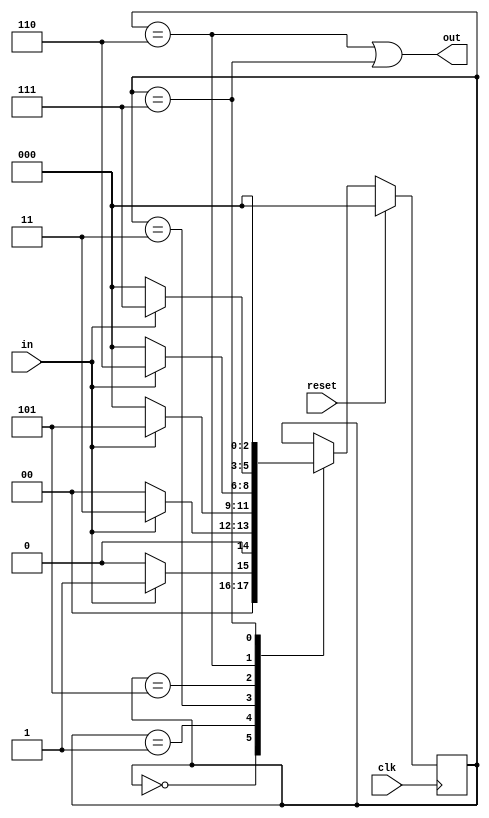
module moore_seq_nonover(
  input wire clk,
  input wire reset,
  input wire in,
  output wire out
);
  
  reg[2:0] state;

  always @(posedge clk ) begin
    if(reset)
      state <=3'b000;
    else
      case(state)
        3'b000: if(in) state <= 3'b001; else state <=3'b000;
        3'b001: if(in) state <= 3'b011; else state <=3'b000;
        3'b011: if(in) state <= 3'b101; else state <=3'b000;
        3'b101: if(in) state <= 3'b110; else state <=3'b000;
        3'b110: if(in) state <= 3'b111; else state <=3'b000;
        3'b111: state <=3'b000;
      endcase
    end

    assign out = (state == 3'b110) || (state == 3'b111);
endmodule

module tb_moore_seq_nonover;
reg clk;
reg reset;
reg in;
wire out;

moore_seq_nonover m1(.clk(clk), .reset(reset), .in(in), .out(out));

initial begin
  clk = 0;
  reset = 1;
  in = 0;

  reset = 0;

  #10 reset = 1;
  in = 1;

  #10 in = 0;
  in = 1;
  #10 in = 1;
  in = 0;
  #10 in = 1;
  in = 1;
  #10 in = 0;
  in = 0;
  $stop;
end
  always #5 clk = ~clk;
endmodule